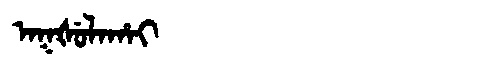
Manchu: ᠠᡴᡧᡠᠯᠠᡥᠠᡳ
Romanization: AKŠULAHAI